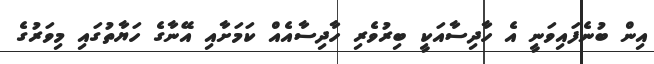
އިން ބުނެފައިވަނީ އެ ހާދިސާއަކީ ބިރުވެރި ހާދިސާއެއް ކަމަށާއި އޭނާގެ ހަޔާތުގައި މިވަރުގެ